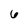
Character: 6